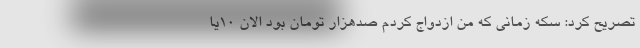
تصریح کرد: سکه زمانی که من ازدواج کردم صدهزار تومان بود الان ۱۰یا